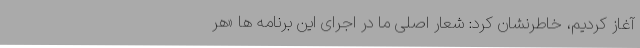
آغاز کردیم، خاطرنشان کرد: شعار اصلی ما در اجرای این برنامه ها «هر